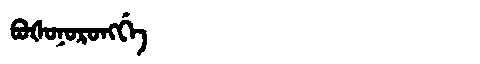
Manchu: ᠪᠣᡧᠣᠨᠣᡵᠣᠩᡤᡝ
Romanization: BOŠONORONGGE